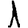
Digit: 1